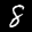
Label: 8